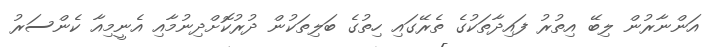
އަންނާރުން ލިބޭ އިތުރު ފައިދާތަކުގެ ތެރޭގައި ހިތުގެ ބަލިތަކުން ދުރުކޮށްދިނުމާއި އެނީމިއާ ކެންސަރު